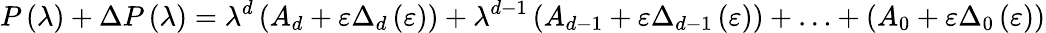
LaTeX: P\left(\lambda\right)+\Delta P\left(\lambda\right)=\lambda^{d}\left(A_{d}+\varepsilon\Delta_{d}\left(\varepsilon\right)\right)+\lambda^{d-1}\left(A_{d-1}+\varepsilon\Delta_{d-1}\left(\varepsilon\right)\right)+\ldots+\left(A_{0}+\varepsilon\Delta_{0}\left(\varepsilon\right)\right)